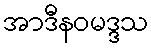
အာဒီနဝမဒ္ဒသ